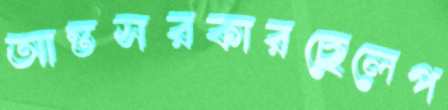
আন্তসরকারছেলেপ